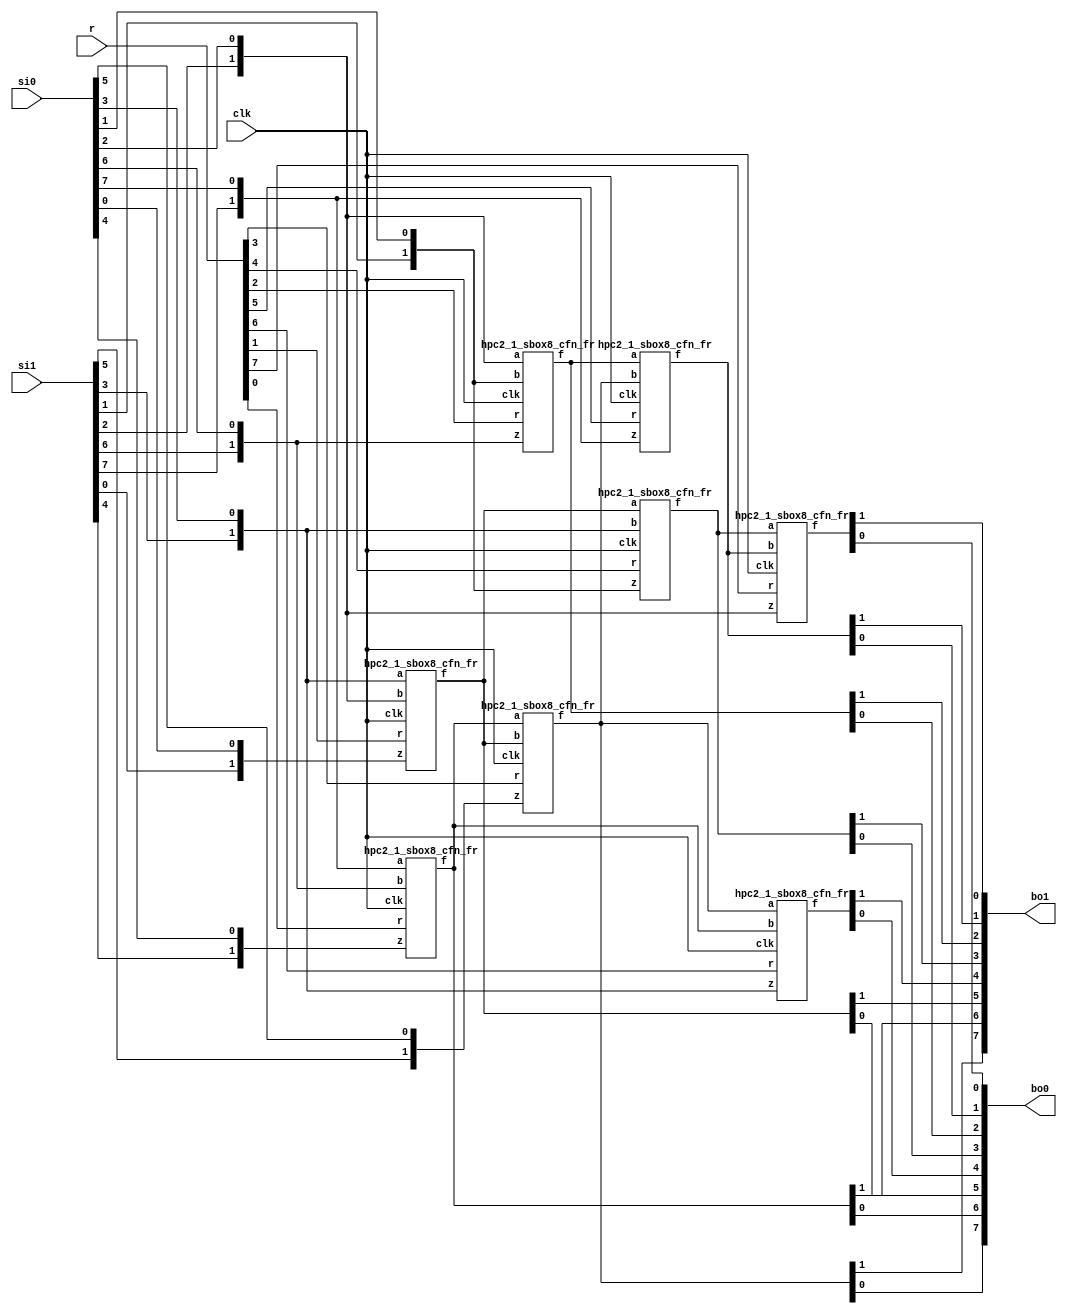
/*
 Designer: Mustafa Khairallah
 Nanyang Technological University
 Singapore
 Date: July, 2021
 */

// The ISW gadget based sbox8 with registered shares.
// Takes 8 cycles. Non-pipelined, so the input
// must remain stable for 8 cycles, including the 
// refreshing mask r.

module skinny_sbox8_hpc2_1_non_pipelined_de (/*AUTOARG*/
   // Outputs
   bo1, bo0,
   // Inputs
   si1, si0, r, clk
   ) ;
   (*equivalent_register_removal = "no" *)output [7:0] bo1; // share 1
   (*equivalent_register_removal = "no" *)output [7:0] bo0; // share 0

   (*equivalent_register_removal = "no" *)input [7:0] 	si1; // share 1
   (*equivalent_register_removal = "no" *)input [7:0] 	si0; // share 0
   (*equivalent_register_removal = "no" *)input [7:0]  r;   // refreshing mask
   (*equivalent_register_removal = "no" *)input        clk;

   wire [1:0]   bi7;
   wire [1:0]   bi6;
   wire [1:0]   bi5;
   wire [1:0]   bi4;
   wire [1:0]   bi3;
   wire [1:0]   bi2;
   wire [1:0]   bi1;
   wire [1:0]   bi0;

   wire [1:0]   a7;
   wire [1:0]   a6;
   wire [1:0]   a5;
   wire [1:0]   a4;
   wire [1:0]   a3;
   wire [1:0]   a2;
   wire [1:0]   a1;
   wire [1:0]   a0;
 
   assign bi0 = {si1[0],si0[0]};
   assign bi1 = {si1[1],si0[1]};
   assign bi2 = {si1[2],si0[2]};
   assign bi3 = {si1[3],si0[3]};
   assign bi4 = {si1[4],si0[4]};
   assign bi5 = {si1[5],si0[5]};
   assign bi6 = {si1[6],si0[6]};
   assign bi7 = {si1[7],si0[7]};

   hpc2_1_sbox8_cfn_fr b764 (a0,bi7,bi6,bi4,r[0],clk);
   hpc2_1_sbox8_cfn_fr b320 (a1,bi3,bi2,bi0,r[1],clk);
   hpc2_1_sbox8_cfn_fr b216 (a2,bi2,bi1,bi6,r[2],clk);
   hpc2_1_sbox8_cfn_fr b015 (a3,a0, a1, bi5,r[3],clk);
   hpc2_1_sbox8_cfn_fr b131 (a4,a1, bi3,bi1,r[4],clk);
   hpc2_1_sbox8_cfn_fr b237 (a5,a2, a3, bi7,r[5],clk);
   hpc2_1_sbox8_cfn_fr b303 (a6,a3, a0, bi3,r[6],clk);
   hpc2_1_sbox8_cfn_fr b422 (a7,a4, a5, bi2,r[7],clk);

   assign {bo1[6],bo0[6]} = a0;
   assign {bo1[5],bo0[5]} = a1;
   assign {bo1[2],bo0[2]} = a2;
   assign {bo1[7],bo0[7]} = a3;
   assign {bo1[3],bo0[3]} = a4;
   assign {bo1[1],bo0[1]} = a5;
   assign {bo1[4],bo0[4]} = a6;
   assign {bo1[0],bo0[0]} = a7;
   
endmodule // skinny_sbox8_hpc2_1_non_pipelined

// The core registered function of the skinny sbox8.
// fr: fully registered, all and operations are
// registered.
// cfn: core function
// The core function is basically (x nor y) xor z
// We use de morgan's law to convert it to:
// ((~x) and (~y)) xor z and use the ISW
// multiplier for the and gate. The is enforced by
// the idea from Knichel et al. to refresh one of
// the inputs to the multiplier.
// The core registered function of the skinny sbox8.
// fr: fully registered, all and operations are
// registered.
// cfn: core function
// The core function is basically (x nor y) xor z
// We use de morgan's law to convert it to:
// ((~x) and (~y)) xor z and use the ISW
// multiplier for the and gate.

module hpc2_1_sbox8_cfn_fr (/*AUTOARG*/
   // Outputs
   f,
   // Inputs
   a, b, z, r, clk
   ) ;
   (*equivalent_register_removal = "no" *)output reg [1:0]        f;
   (*equivalent_register_removal = "no" *)input [1:0]         a, b, z;
   (*equivalent_register_removal = "no" *)input 	       r;
   (*equivalent_register_removal = "no" *)input 	       clk;

   wire [1:0] 	       x;
   wire [1:0] 	       y;
   
   (*equivalent_register_removal = "no" *)reg [7:0] 	       rg;

   assign x = {a[1],~a[0]};   
   assign y = {b[1],~b[0]};
   
   always @ (negedge clk) begin
      rg[0] <= y[0];
      rg[4] <= y[1];      
      rg[2] <= r    & ~x[0];
      rg[6] <= r    & ~x[1];
   end

   always @ (posedge clk) begin
      rg[1] <= x[0] & rg[0];
      rg[5] <= x[1] & rg[4];
      rg[3] <= x[0] & (y[1]^r);
      rg[7] <= x[1] & (y[0]^r);
   end
      
   always @ (negedge clk) begin
      f[0] <= ^rg[3:1] ^ z[0];
      f[1] <= ^rg[7:5] ^ z[1];      
   end

endmodule // hpc2_1_sbox8_cfn_fr